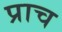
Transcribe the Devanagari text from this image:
प्राच